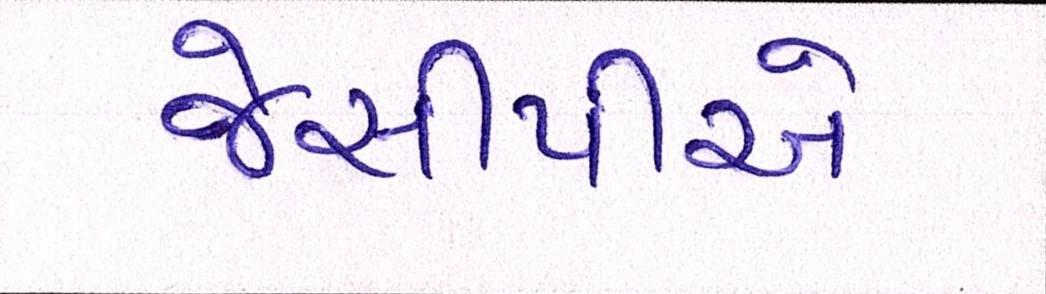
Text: જેસીપીએ